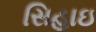
સિહાઇ